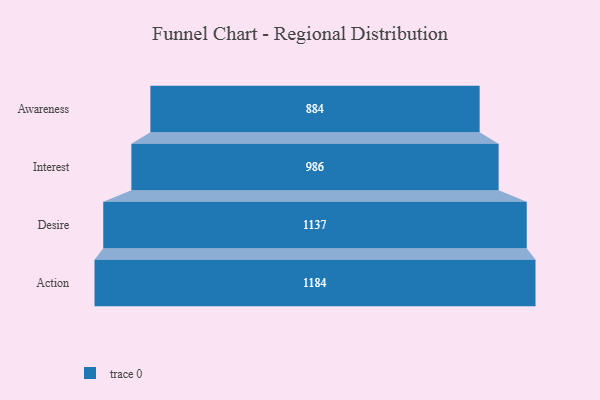
{"axis": {"x": "Stage", "y": "Value"}, "legend": [""], "data": [{"x": "Awareness", "y": 884.0, "type": ""}, {"x": "Interest", "y": 986.0, "type": ""}, {"x": "Desire", "y": 1137.0, "type": ""}, {"x": "Action", "y": 1184.0, "type": ""}]}